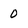
Character: 0